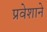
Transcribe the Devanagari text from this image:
प्रवेशाने